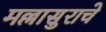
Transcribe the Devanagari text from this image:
मल्लासुराचे